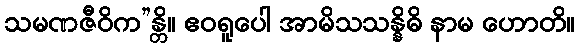
သမဏဇီဝိက”န္တိ။ ဧဝရူပေါ အာမိသသန္နိဓိ နာမ ဟောတိ။